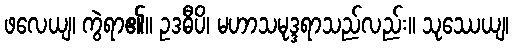
ဖလေယျ၊ ကွဲရာ၏။ ဥဒဓီပိ၊ မဟာသမုဒ္ဒရာသည်လည်း။ သုဿေယျ၊